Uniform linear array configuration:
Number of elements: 24
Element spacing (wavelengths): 0.75
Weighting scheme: binomial
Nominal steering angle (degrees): -15
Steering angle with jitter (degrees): -13.902
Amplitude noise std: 0.05
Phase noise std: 0.05

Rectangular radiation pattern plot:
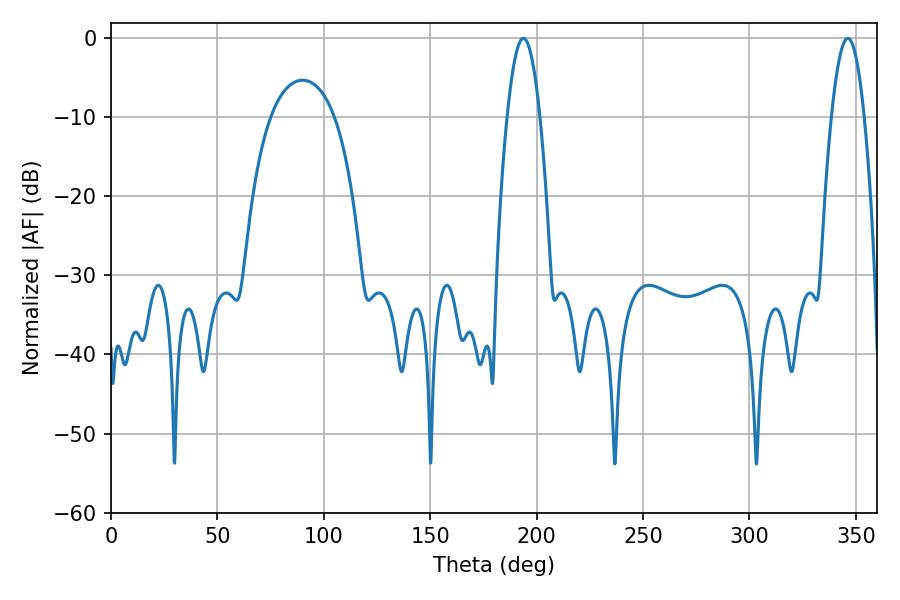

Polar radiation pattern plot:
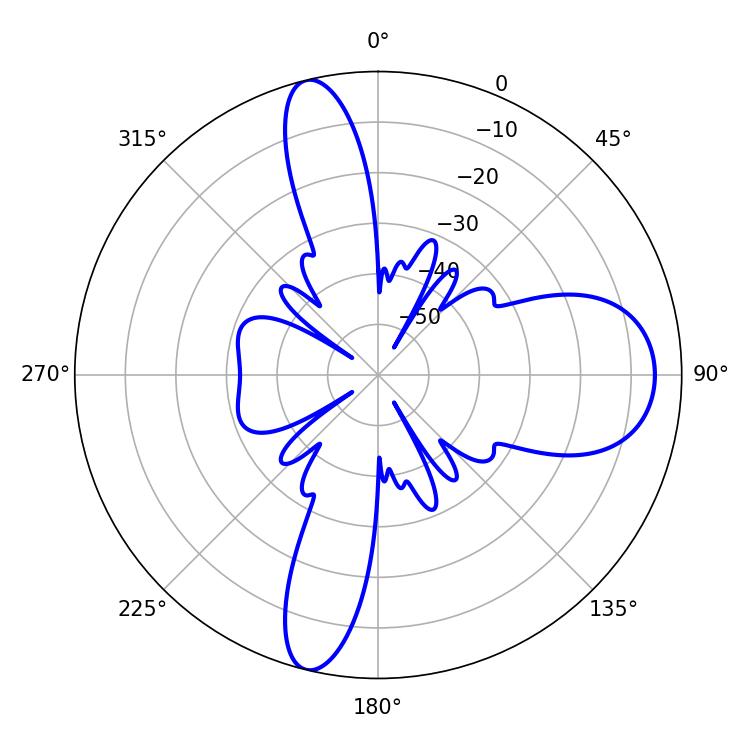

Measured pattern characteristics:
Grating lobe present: TRUE
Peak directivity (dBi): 15.862
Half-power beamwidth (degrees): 8.46
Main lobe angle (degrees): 193.86